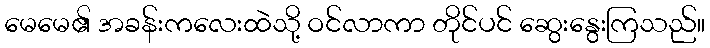
မေမေ၏ အခန်းကလေးထဲသို့ ဝင်လာကာ တိုင်ပင် ဆွေးနွေးကြသည်။